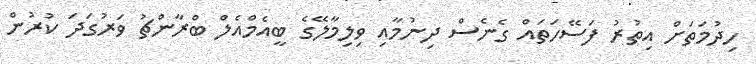
ހިދުމަތަށް އިތުރު ފަސޭހަތައް ގެނެސް ދިނުމާއި ވިލިމާލޭގެ ބީއެމްއެލް ބްރާންޗު ވަރުގަދަ ކުރުން